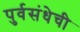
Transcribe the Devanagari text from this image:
पुर्वसंधेची